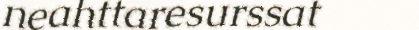
neahttaresurssat